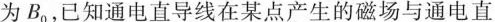
为B_{0}，已知通电直导线在某点产生的磁场与通电直